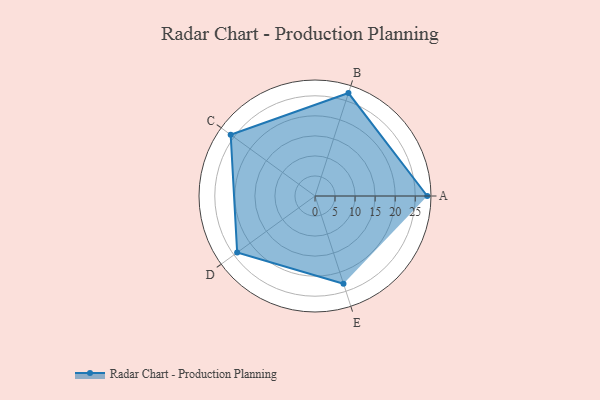
{"axis": {"x": "Skill", "y": "Score"}, "legend": ["Profile"], "data": [{"x": "A", "y": 28.0, "type": "Profile"}, {"x": "B", "y": 27.0, "type": "Profile"}, {"x": "C", "y": 26.0, "type": "Profile"}, {"x": "D", "y": 24.0, "type": "Profile"}, {"x": "E", "y": 23.0, "type": "Profile"}]}